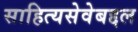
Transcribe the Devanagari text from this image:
साहित्यसेवेबद्दल